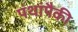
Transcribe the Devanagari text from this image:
पंथांपैकी